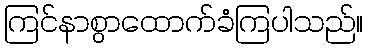
ကြင်နာစွာထောက်ခံကြပါသည်။